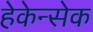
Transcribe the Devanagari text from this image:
हेकेन्सेक